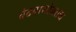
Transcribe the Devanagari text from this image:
वेढ्यासोबतच